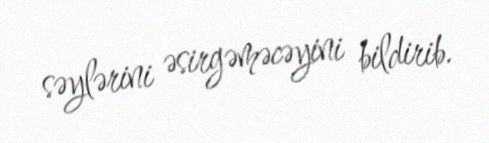
səylərini əsirgəməcəyini bildirib.